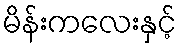
မိန်းကလေးနှင့်